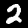
Label: 2